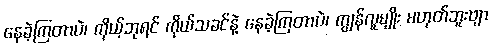
နေခဲ့ကြတာပဲ၊ ကိုယ့်ဘုရင် ကိုယ်သခင်နဲ့ နေခဲ့ကြတာပဲ၊ ကျွန်လူမျိုး မဟုတ်ဘူးဗျာ